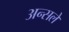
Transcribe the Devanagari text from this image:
अन्सले